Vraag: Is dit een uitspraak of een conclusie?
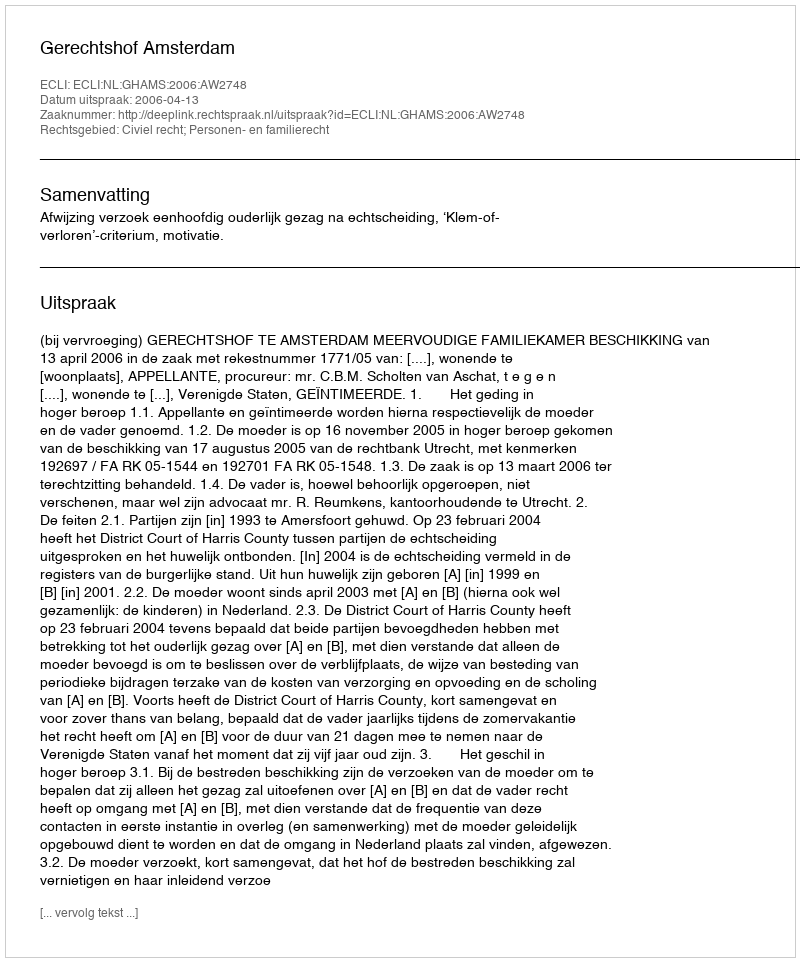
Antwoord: Uitspraak